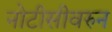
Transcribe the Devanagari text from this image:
नोटीसीवरुन